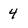
Character: 4